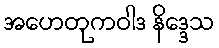
အဟေတုကဝါဒ နိဒ္ဒေသ